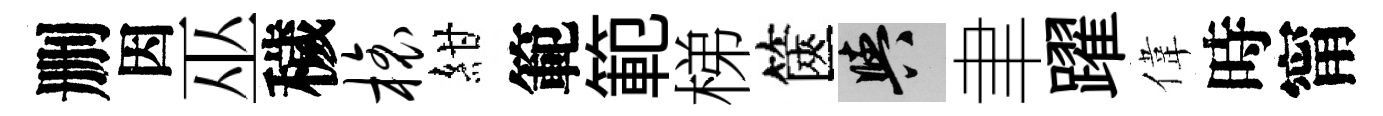
删因巫穢榱紺範範梯篋阳聿躍偉時甯